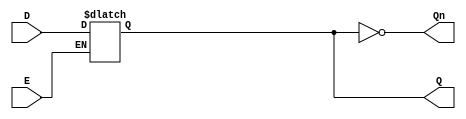
module gated_d_latch (
    input wire D,          // Data input
    input wire E,          // Enable input
    output reg Q,         // Output
    output wire Qn        // Complement of output Q
);

// Complement of Q
assign Qn = ~Q;

// Always block to model the behavior of the Gated D Latch
always @ (D or E) begin
    if (E) begin
        Q <= D;  // Capture the value of D when E is high
    end
    // When E is low, Q retains its value (latches)
end

endmodule